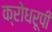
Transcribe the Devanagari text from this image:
क्रोधरूपी